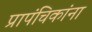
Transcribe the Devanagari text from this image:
प्रापंचिकांना